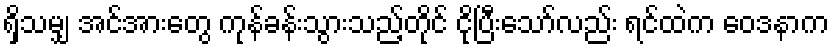
ရှိသမျှ အင်အားတွေ ကုန်ခန်းသွားသည့်တိုင် ငိုပြီးသော်လည်း ရင်ထဲက ဝေဒနာက